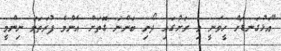
"އަޅުގަނޑަށް ހީވަނީ މި ރަށުގައި ދޯނި ބަންނަ ގޮތަށް އެންމެ ފުރަތަމަ ނިންމީ